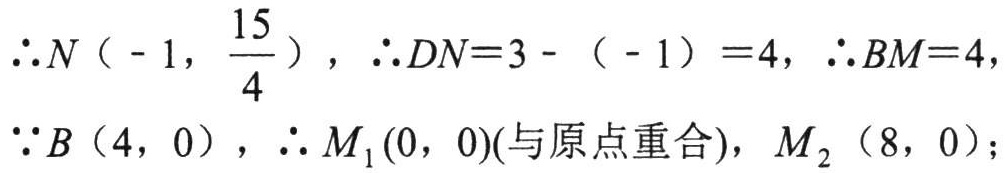
\(\therefore N\left(-1,\dfrac{15}{4}\right)\)，\(\therefore DN = 3-(-1)=4\)，\(\therefore BM = 4\)，
\(\because B(4,0)\)，\(\therefore M_{1}(0,0)(与原点重合)\)，\(M_{2}(8,0)\)；